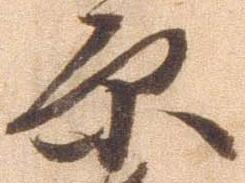
原